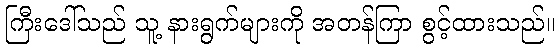
ကြီးဒေါ်သည် သူ့ နားရွက်များကို အတန်ကြာ စွင့်ထားသည်။